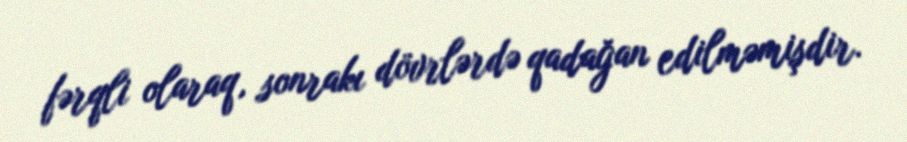
fərqli olaraq, sonrakı dövrlərdə qadağan edilməmişdir.